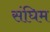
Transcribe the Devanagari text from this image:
संघिम